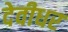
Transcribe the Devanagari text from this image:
देवीधर